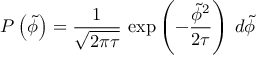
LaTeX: P \left( \tilde { \phi } \right) = \frac { 1 } { \sqrt { 2 \pi \tau } } \, \exp \left( - \frac { \tilde { \phi } ^ { 2 } } { 2 \tau } \right) \, d \tilde { \phi }